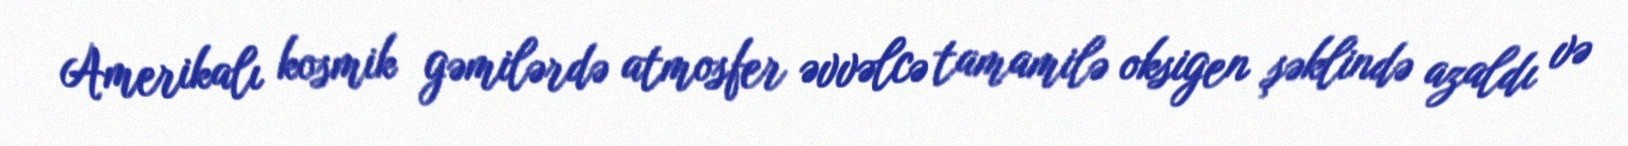
Amerikalı kosmik gəmilərdə atmosfer əvvəlcə tamamilə oksigen şəklində azaldı və